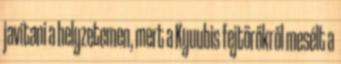
javítani a helyzetemen, mert a Kyuubis fejtörőkről mesélt a